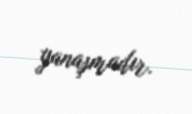
yanaşmadır.